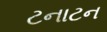
ટનાટન